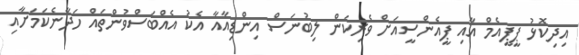
އިދިކޮޅު ޕީޕީއެމް އާއި ޕީއެންސީއަށް ވެރިކަން ލިބުނަސް އިންޑިއާއާ އެކު އެއްބަސްވުންތައް ހަދާނެކަމަށާއި